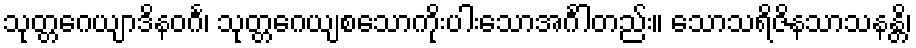
သုတ္တဂေယျာဒိနဝင်္ဂ၊ သုတ္တဂေယျစသောကိုးပါးသောအင်္ဂါတည်း။ သောသရိဇိနသာသနန္တိ၊